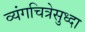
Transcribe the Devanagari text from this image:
व्यंगचित्रेसुध्दा